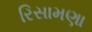
રિસામણા